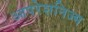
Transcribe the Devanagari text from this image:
आपरेशनिज्म